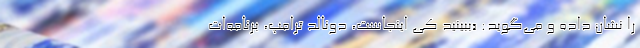
را نشان داده و می‌گوید: «ببینید کی اینجاست، دونالد ترامپ، برنامه‌ات